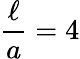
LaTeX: \frac{\ell}{a}=4